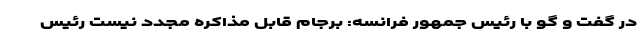
در گفت و گو با رئیس جمهور فرانسه: برجام قابل مذاکره مجدد نیست رئیس